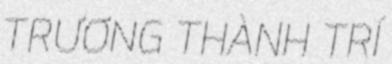
TRƯƠNG THÀNH TRÍ